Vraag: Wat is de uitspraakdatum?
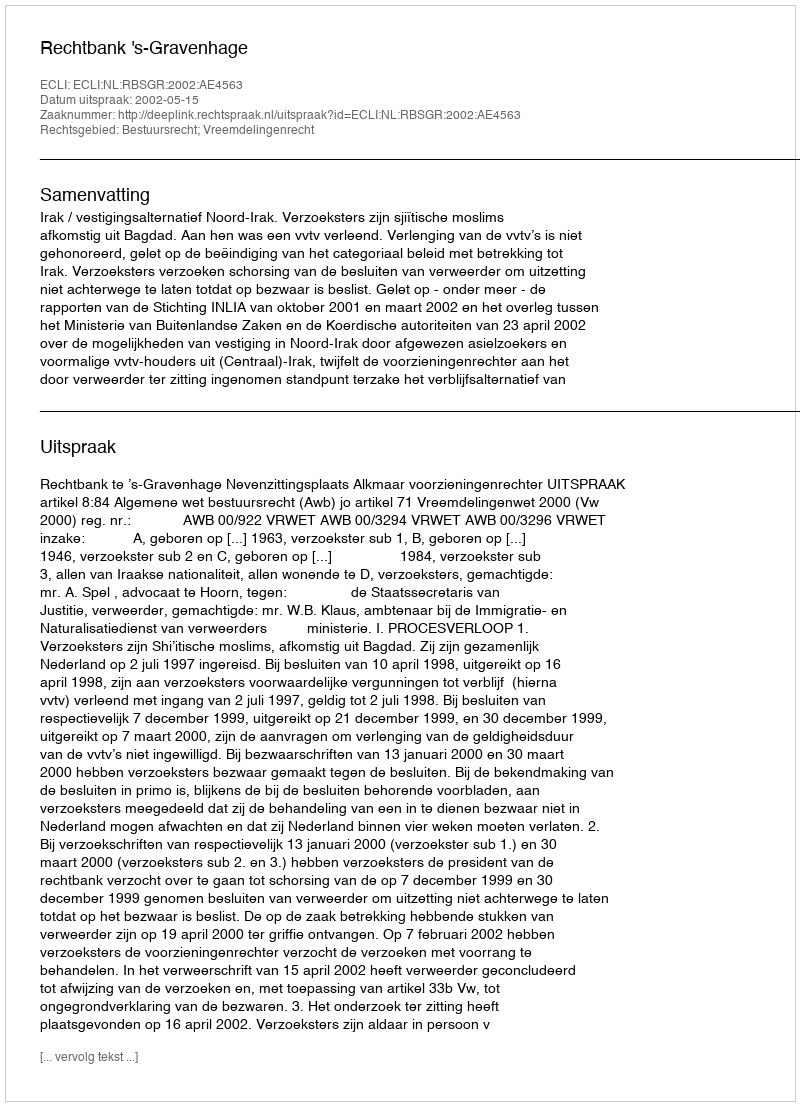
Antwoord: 2002-05-15